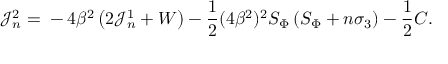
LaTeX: \mathcal J _ { n } ^ { 2 } = { } - 4 \beta ^ { 2 } \left( 2 \mathcal J _ { n } ^ { 1 } + { \cal W } \right) - \frac { 1 } { 2 } ( 4 \beta ^ { 2 } ) ^ { 2 } { \cal S } _ { \Phi } \left( { \cal S } _ { \Phi } + n \sigma _ { 3 } \right) - \frac 1 2 { \cal C } .